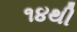
૧૪થી